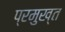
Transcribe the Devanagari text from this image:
प्रमुख्त